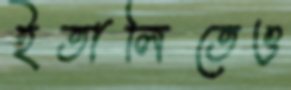
ইতালিতেও